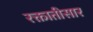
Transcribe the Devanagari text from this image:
रक्तातीसार